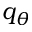
q _ { \theta }